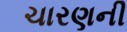
ચારણની